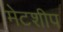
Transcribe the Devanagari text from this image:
मेटशीप